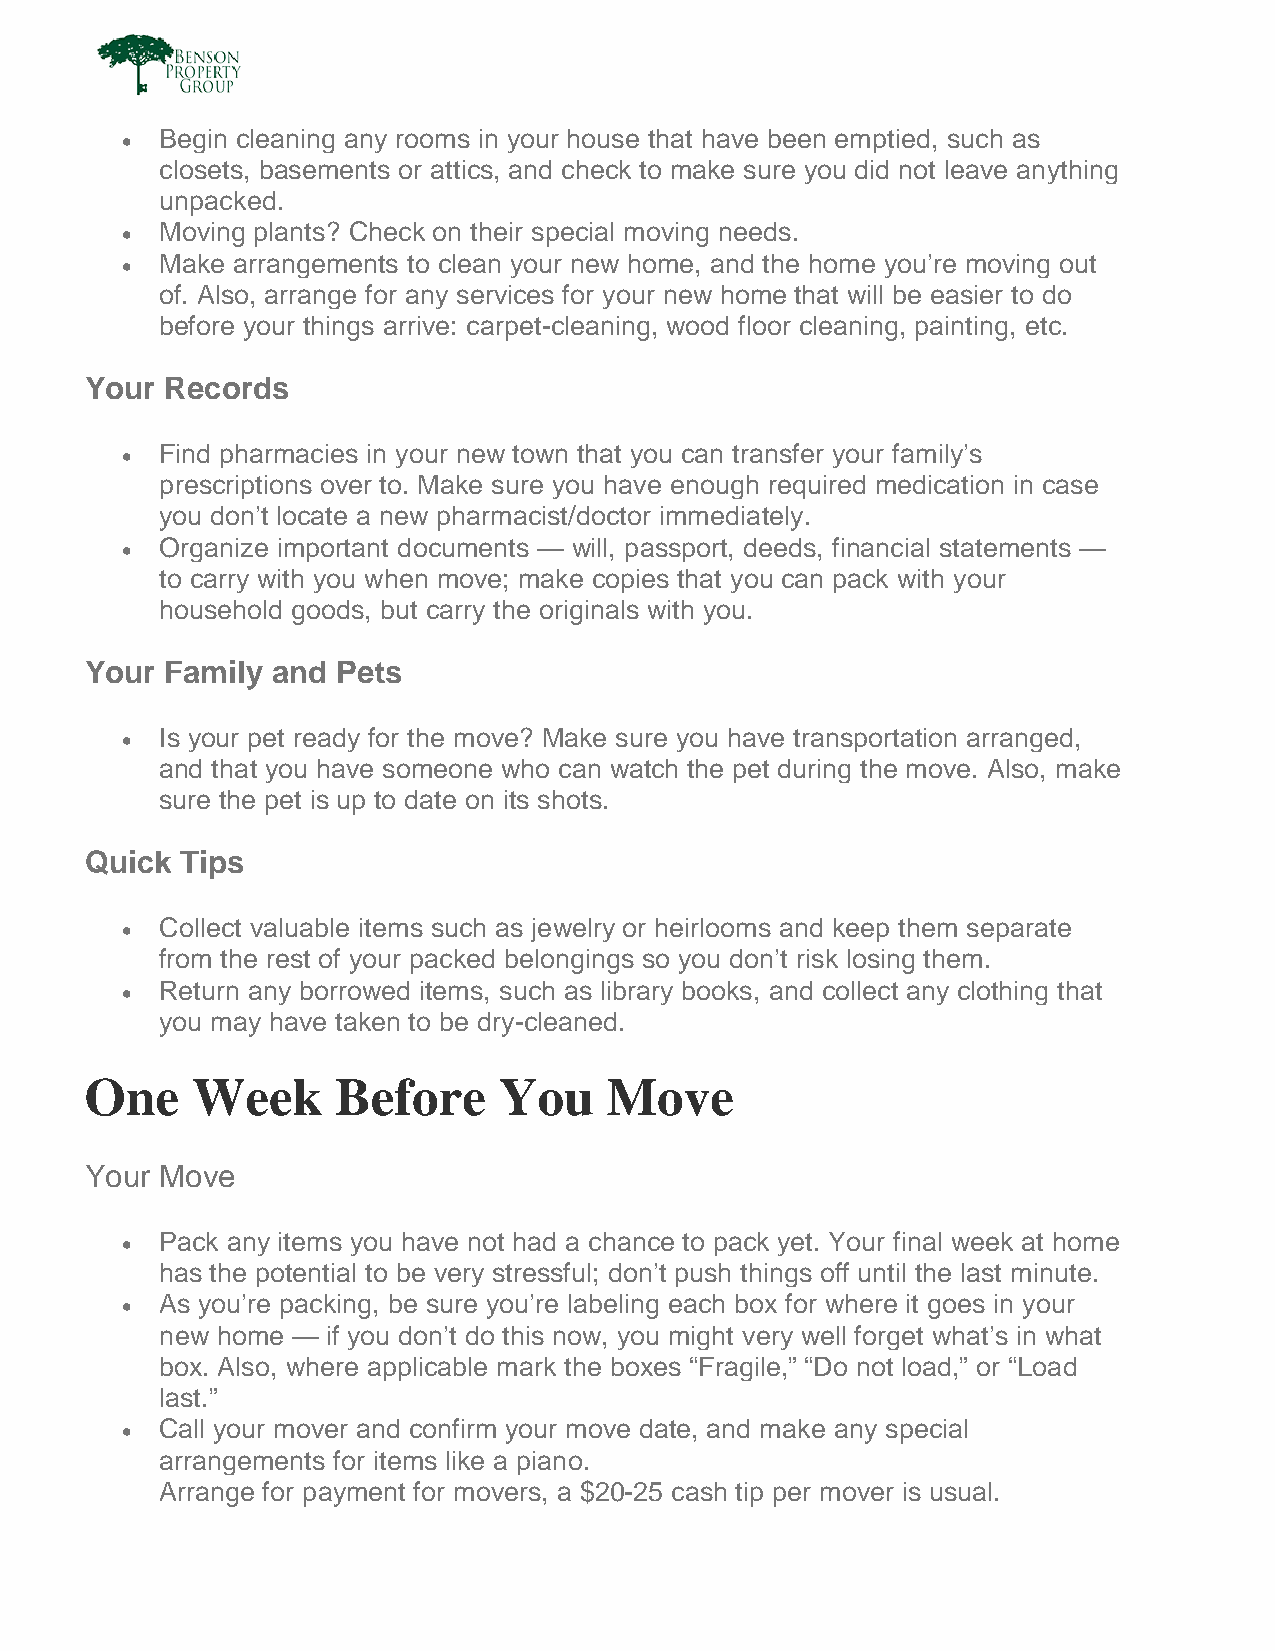
•  Begin cleaning any rooms in your house that have been emptied, such as
 closets, basements or attics, and check to make sure you did not leave anything
 unpacked.
 •  Moving plants? Check on their special moving needs.
 •  Make arrangements to clean your new home, and the home you’re moving out
 of. Also, arrange for any services for your new home that will be easier to do
 before your things arrive: carpet-cleaning, wood floor cleaning, painting, etc.
 Your Records
 •  Find pharmacies in your new town that you can transfer your family’s
 prescriptions over to. Make sure you have enough required medication in case
 you don’t locate a new pharmacist/doctor immediately.
 •  Organize important documents — will, passport, deeds, financial statements —
 to carry with you when move; make copies that you can pack with your
 household goods, but carry the originals with you.
 Your Family and Pets
 •  Is your pet ready for the move? Make sure you have transportation arranged,
 and that you have someone who can watch the pet during the move. Also, make
 sure the pet is up to date on its shots.
 Quick Tips
 •  Collect valuable items such as jewelry or heirlooms and keep them separate
 from the rest of your packed belongings so you don’t risk losing them.
 •  Return any borrowed items, such as library books, and collect any clothing that
 you may have taken to be dry-cleaned.
 One    Week     Before     You    Move
 Your Move
 •  Pack any items you have not had a chance to pack yet. Your final week at home
 has the potential to be very stressful; don’t push things off until the last minute.
 •  As you’re packing, be sure you’re labeling each box for where it goes in your
 new home — if you don’t do this now, you might very well forget what’s in what
 box. Also, where applicable mark the boxes “Fragile,” “Do not load,” or “Load
 last.”
 •  Call your mover and confirm your move date, and make any special
 arrangements for items like a piano.
 Arrange for payment for movers, a $20-25 cash tip per mover is usual.